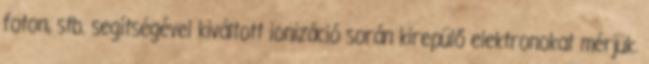
foton, stb. segítségével kiváltott ionizáció során kirepülő elektronokat mérjük.